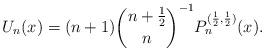
LaTeX: \begin{align*}U_{n}(x)=(n+1)\binom{n+\frac{1}{2}}{n}^{-1}P_{n}^{(\frac{1}{2},\frac{1}{2})}(x).\end{align*}